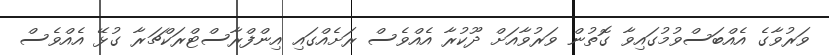
ވަރުވާގެ އެއްބަސްވުމުގައިވާ ގޮތުން ވަރުވާއަށް ދޫކުރާ އެއްވެސް ރަށެއްގައި އިންފްރާސްޓްރަކްޗަރާ ގުޅޭ އެއްވެސް